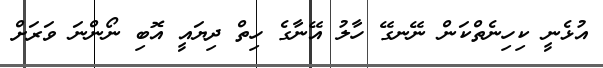
އުޅެނީ ކިހިނެތްކަން ނޭނގޭ ހާލު އޭނާގެ ހިތް ދިޔައީ އޮބި ނޯންނަ ވަރަށް